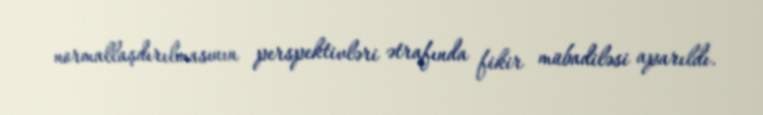
normallaşdırılmasının perspektivləri ətrafında fikir mübadiləsi aparıldı.